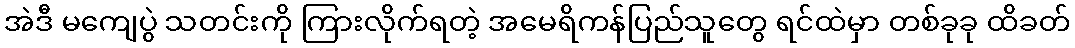
အဲဒီ မကျေပွဲ သတင်းကို ကြားလိုက်ရတဲ့ အမေရိကန်ပြည်သူတွေ ရင်ထဲမှာ တစ်ခုခု ထိခတ်